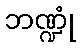
ဘဏ္ဍုံ